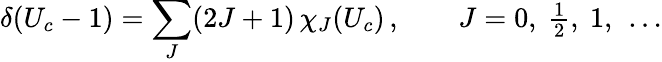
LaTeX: \delta(U_{c}-1)=\sum_{J}(2J+1)\, \chi_{J}(U_{c})\, ,\qquad J=0,~{\textstyle{\frac{1}{2}}},~1,~\dots